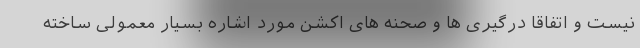
نیست و اتفاقا درگیری ها و صحنه های اکشن مورد اشاره بسیار معمولی ساخته